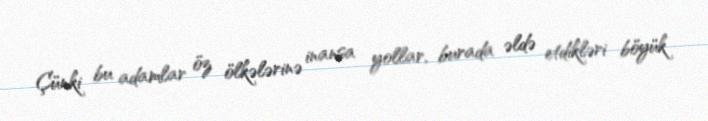
Çünki bu adamlar öz ölkələrinə inansa yollar, burada əldə etdikləri böyük